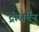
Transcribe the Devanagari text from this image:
ट्रीज़मैन